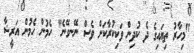
"މިހާރު ތިޔައިގެ ދެ ކުދިން ވަކިކުރާކަށް ވެސް ނޭނގޭނެ" ހެމުން ހެމުން އަރީޝާ